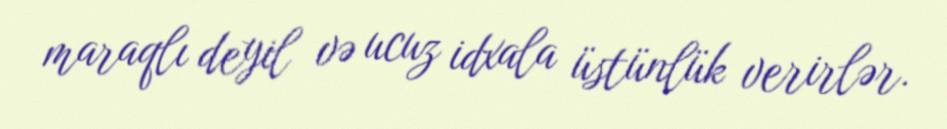
maraqlı deyil və ucuz idxala üstünlük verirlər.